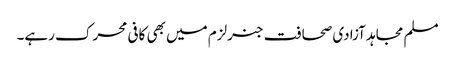
مسلم مجاہد آزادی صحافت جنرلزم میں بھی کافی محرک رہے۔